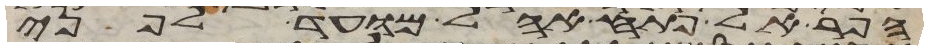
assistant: הפר אל פתח אהל מועד לפני